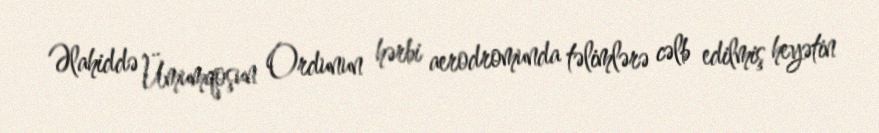
Əlahiddə Ümumqoşun Ordunun hərbi aerodromunda təlimlərə cəlb edilmiş heyətin